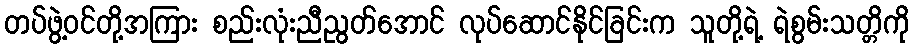
တပ်ဖွဲ့ဝင်တို့အကြား စည်းလုံးညီညွတ်အောင် လုပ်ဆောင်နိုင်ခြင်းက သူတို့ရဲ့ ရဲစွမ်းသတ္တိကို